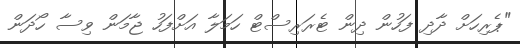
"ޕެރިހަށް ދާދި ފަހުން ދިން ޓެރަރިސްޓް ހަމަލާ އަށްފަހު ޖާމަން ވިސާ ހޯދަން